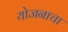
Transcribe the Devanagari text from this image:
योजनाचा